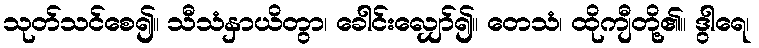
သုတ်သင်စေ၍။ သီသံနှာယိတွာ၊ ခေါင်းလျှော်၍။ တေသံ၊ ထိုကျီတို့၏။ ဒွါရေ၊